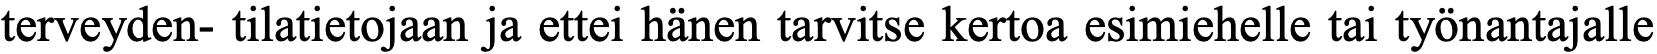
terveyden- tilatietojaan ja ettei hänen tarvitse kertoa esimiehelle tai työnantajalle